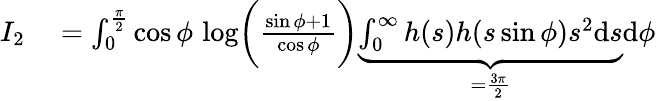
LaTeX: \begin{array}{rl}{I_{2}}&{{}=\int_{0}^{\frac{\pi}{2}}\cos\phi\, \log\biggr(\frac{\sin\phi+1}{\cos\phi}\biggr)\underbrace{\int_{0}^{\infty}h(s)h(s\sin\phi)s^{2}\mathrm{d}s}_{=\frac{3\pi}{2}}\mathrm{d}\phi}\end{array}